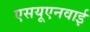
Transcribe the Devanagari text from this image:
एसयूएनवाई